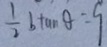
\frac { 1 } { 2 } b t u n \theta = 9